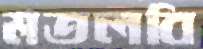
মতলবি